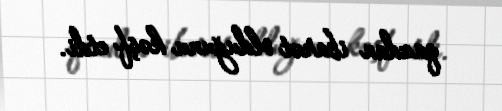
qazdan ibarət olduğunu kəşf etdi.